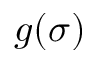
g ( \sigma )